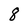
Character: 8